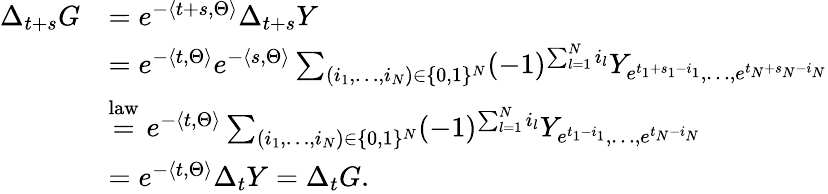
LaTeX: \begin{array}{rl}{\Delta_{t+s}G}&{=e^{-\langle t+s,\Theta\rangle}\Delta_{t+s}Y}\\ &{=e^{-\langle t,\Theta\rangle}e^{-\langle s,\Theta\rangle}\sum_{(i_{1},\dots,i_{N})\in\{ 0,1\} ^{N}}(-1)^{\sum_{l=1}^{N}i_{l}}Y_{e^{t_{1}+s_{1}-i_{1}},\dots,e^{t_{N}+s_{N}-i_{N}}}}\\ &{\overset{\mathrm{law}}{=}e^{-\langle t,\Theta\rangle}\sum_{(i_{1},\dots,i_{N})\in\{ 0,1\} ^{N}}(-1)^{\sum_{l=1}^{N}i_{l}}Y_{e^{t_{1}-i_{1}},\dots,e^{t_{N}-i_{N}}}}\\ &{=e^{-\langle t,\Theta\rangle}\Delta_{t}Y=\Delta_{t}G.}\end{array}